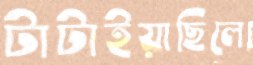
টাটাইয়াছিলে